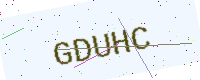
Text: GDUHC